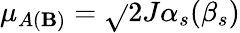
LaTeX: \mu_{A(\mathbf{B})}=\sqrt{}{{2}}J\alpha_{s}(\beta_{s})